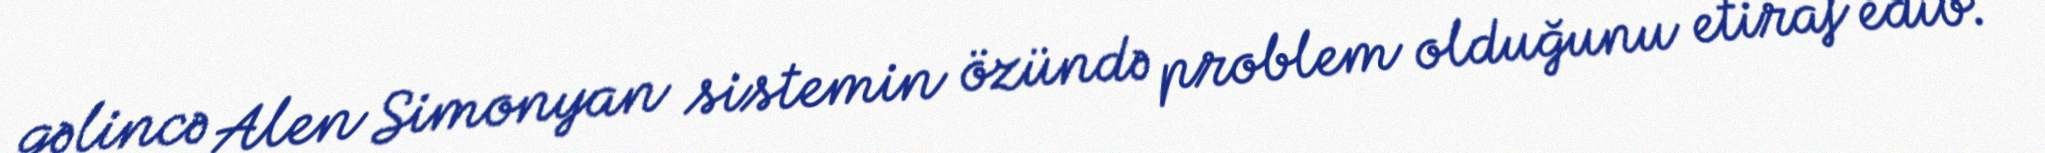
gəlincə Alen Simonyan sistemin özündə problem olduğunu etiraf edib.